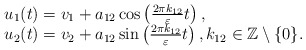
\begin{align*}\begin{array}{l}u_1 (t) = v_1 + a_{12}\cos\left(\frac{2\pi k_{12}}{\varepsilon}t \right),\\u_2 (t) = v_2 + a_{12}\sin\left(\frac{2\pi k_{12}}{\varepsilon}t \right),k_{12}\in\mathbb Z\setminus \{0\}.\end{array}\end{align*}